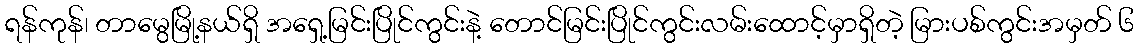
ရန်ကုန်၊ တာမွေမြို့နယ်ရှိ အရှေ့မြင်းပြိုင်ကွင်းနဲ့ တောင်မြင်းပြိုင်ကွင်းလမ်းထောင့်မှာရှိတဲ့ မြားပစ်ကွင်းအမှတ် ၆